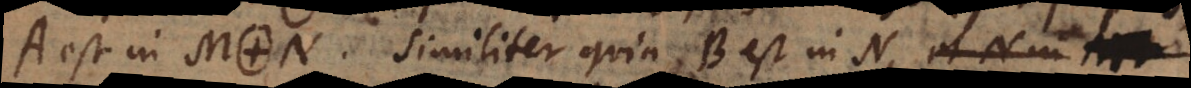
A est in M. N. Similiter quia B est in N,